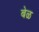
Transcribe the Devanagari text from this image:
बेळ